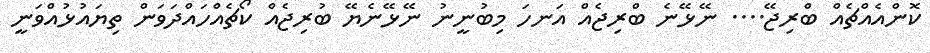
ކޮންއެއްޗެއް ބްރިޖޭ.... ނޭޅޭނެ ބްރިޖެއް އަނހަ މިބުނީނު ނޭޅޭނެޔޭ ބުރިޖެއް ކޯޗެއްހައްދަވަން ތިޔައުޅުއްވަނީ